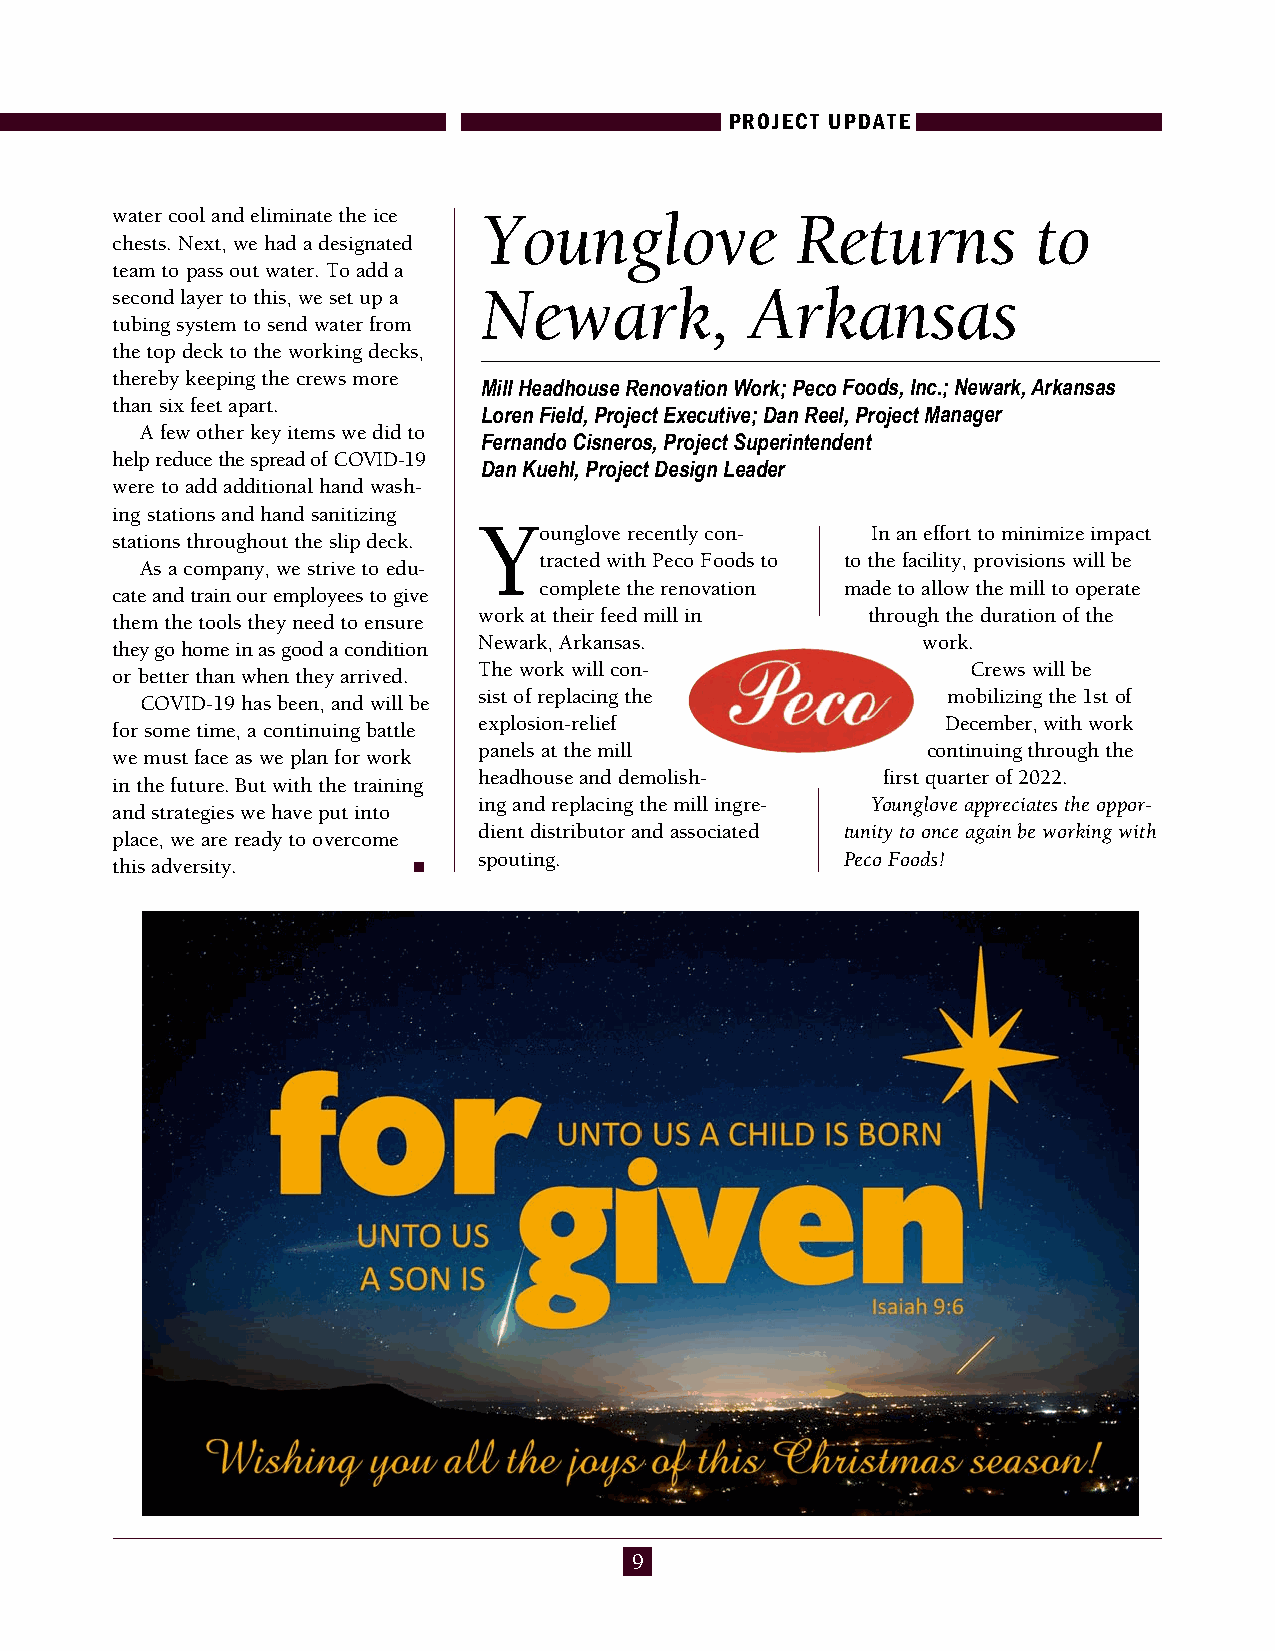
PROJECT UPDATE
 water cool and eliminate the ice Younglove    Returns         to
 chests. Next, we had a designated
 team to pass out water. To add a
 second layer to this, we set up a Newark,  Arkansas
 tubing system to send water from
 the top deck to the working decks,
 thereby keeping the crews more
 Mill Headhouse Renovation Work; Peco Foods, Inc.; Newark, Arkansas
 than six feet apart.
 Loren Field, Project Executive; Dan Reel, Project Manager
 A few other key items we did to
 Fernando Cisneros, Project Superintendent
 help reduce the spread of COVID-19
 Dan Kuehl, Project Design Leader
 were to add additional hand wash-
 ing stations and hand sanitizing
 Y
 ounglove recently con- In an effort to minimize impact
 stations throughout the slip deck.
 tracted with Peco Foods to to the facility, provisions will be
 As a company, we strive to edu-
 complete the renovation made to allow the mill to operate
 cate and train our employees to give
 work at their feed mill in through the duration of the
 them the tools they need to ensure
 Newark, Arkansas.            work.
 they go home in as good a condition
 The work will con-              Crews will be
 or better than when they arrived.
 sist of replacing the          mobilizing the 1st of
 COVID-19 has been, and will be
 explosion-relief               December, with work
 for some time, a continuing battle
 panels at the mill           continuing through the
 we must face as we plan for work
 headhouse and demolish-   first quarter of 2022.
 in the future. But with the training
 ing and replacing the mill ingre - Younglove appreciates the oppor-
 and strategies we have put into
 dient dis tributor and associ ated tunity to once again be working with
 place, we are ready to overcome
 spouting.               Peco Foods!
 this adversity.     n
 9